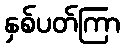
နှစ်ပတ်ကြာ